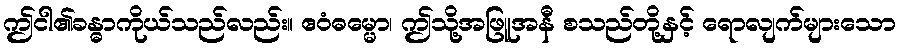
ဤငါ၏ခန္ဓာကိုယ်သည်လည်း။ ဧဝံဓမ္မော၊ ဤသို့အဖြူအနီ စသည်တို့နှင့် ရောလျက်များသော